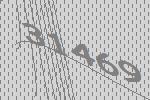
31469